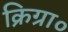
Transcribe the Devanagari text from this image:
क्रिग्रा०